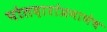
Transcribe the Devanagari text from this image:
पोतदारांप्रमाणेच